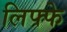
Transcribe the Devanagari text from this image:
लिफ्फे